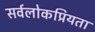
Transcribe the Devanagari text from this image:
सर्वलोकप्रियता